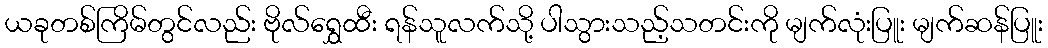
ယခုတစ်ကြိမ်တွင်လည်း ဗိုလ်ရွှေထီး ရန်သူလက်သို့ ပါသွားသည့်သတင်းကို မျက်လုံးပြူး မျက်ဆန်ပြူး